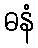
ဓနံ